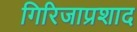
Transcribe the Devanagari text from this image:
गिरिजाप्रशाद